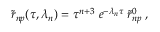
{ \widetilde r } _ { n p } ( \tau , \lambda _ { n } ) = \tau ^ { n + 3 } \; e ^ { - \lambda _ { n } \tau } \; { \widetilde r } _ { n p } ^ { 0 } \; ,